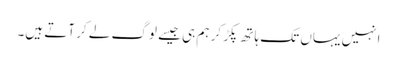
انہیں یہاں تک ہاتھ پکڑ کر ہم ہی جیسے لوگ لے کر آتے ہیں۔